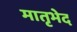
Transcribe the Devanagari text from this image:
मातृभेद